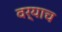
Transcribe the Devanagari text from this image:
वर्याच